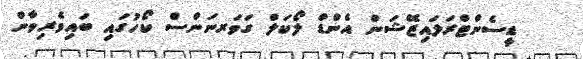
ޑީސެންޓްރަލައިޒޭޝަން އެންޑް ލޯކަލް ގަވަރނަންސް ކޯހުގައި ބައިވެރިވާން